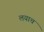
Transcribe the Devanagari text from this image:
लयाच